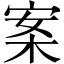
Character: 案